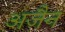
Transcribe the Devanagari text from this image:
अजैन